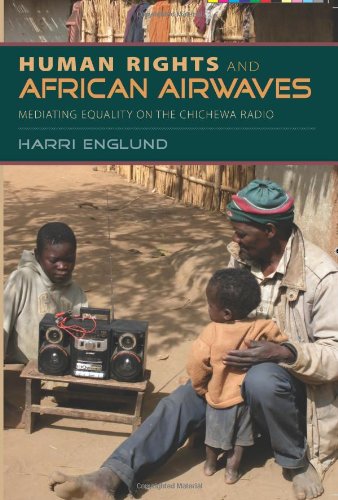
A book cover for Human Rights and African Airwaves: Mediating Equality on the Chichewa Radio; Harri Englund; Humor & Entertainment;